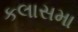
કલાસમા